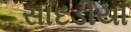
સાદડીયા